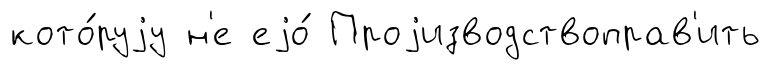
кото́руjу н'е еjо́ Проjизводствоправ'ить